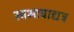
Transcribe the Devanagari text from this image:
स्वभावाद्यत्र